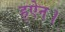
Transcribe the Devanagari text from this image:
ह्ऐन।